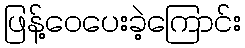
ဖြန့်ဝေပေးခဲ့ကြောင်း